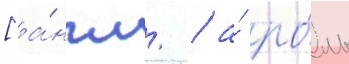
[а́нгл. / а́ ро́ль